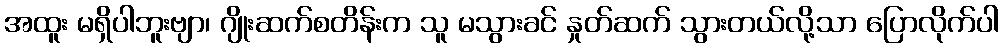
အထူး မရှိပါဘူးဗျာ၊ ဂျိုးဆက်စတိန်းက သူ မသွားခင် နှုတ်ဆက် သွားတယ်လို့သာ ပြောလိုက်ပါ